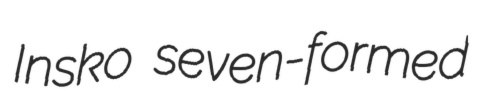
Insko seven-formed